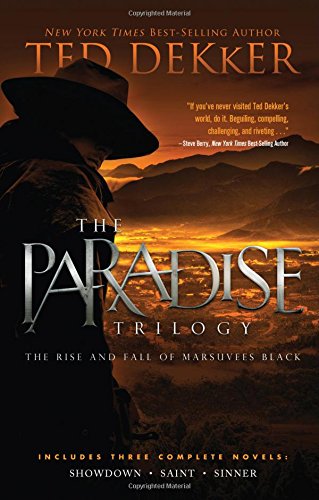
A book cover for The Paradise Trilogy; Ted Dekker; Christian Books & Bibles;